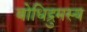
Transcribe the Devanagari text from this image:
बोधिद्रुमस्य